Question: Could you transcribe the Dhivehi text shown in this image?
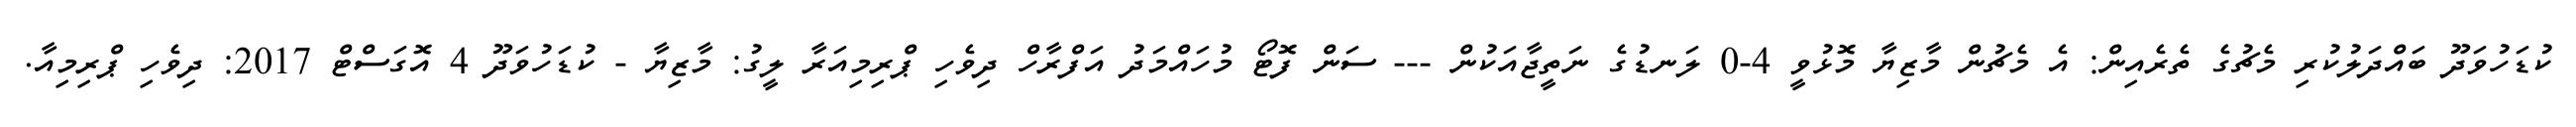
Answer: ކުޑަހުވަދޫ ބައްދަލުކުރި މެޗުގެ ތެރެއިން: އެ މެޗުން މާޒިޔާ މޮޅުވީ 4-0 ލަނޑުގެ ނަތީޖާއަކުން --- ސަން ފޮޓޯ މުހައްމަދު އަފްރާހް ދިވެހި ޕްރިމިއަރާ ލީގު: މާޒިޔާ - ކުޑަހުވަދޫ 4 އޮގަސްޓް 2017: ދިވެހި ޕްރިމިއާ.